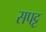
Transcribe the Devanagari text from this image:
सपट्ट